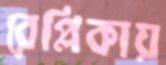
রেপ্লিকায়